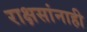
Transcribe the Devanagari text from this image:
राक्षसांनाही